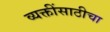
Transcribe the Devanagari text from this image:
व्यक्तींसाठीचा